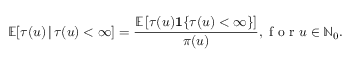
\mathbb { E } [ \tau ( u ) \, | \, \tau ( u ) < \infty ] = \frac { \mathbb { E } \left[ \tau ( u ) \mathbf { 1 } \{ \tau ( u ) < \infty \} \right] } { \pi ( u ) } , \mathrm { ~ f ~ o ~ r ~ } u \in \mathbb { N } _ { 0 } .